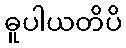
ဓူပါယတိပိ